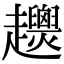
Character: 𧾴